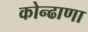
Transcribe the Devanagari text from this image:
कोन्ढाणा